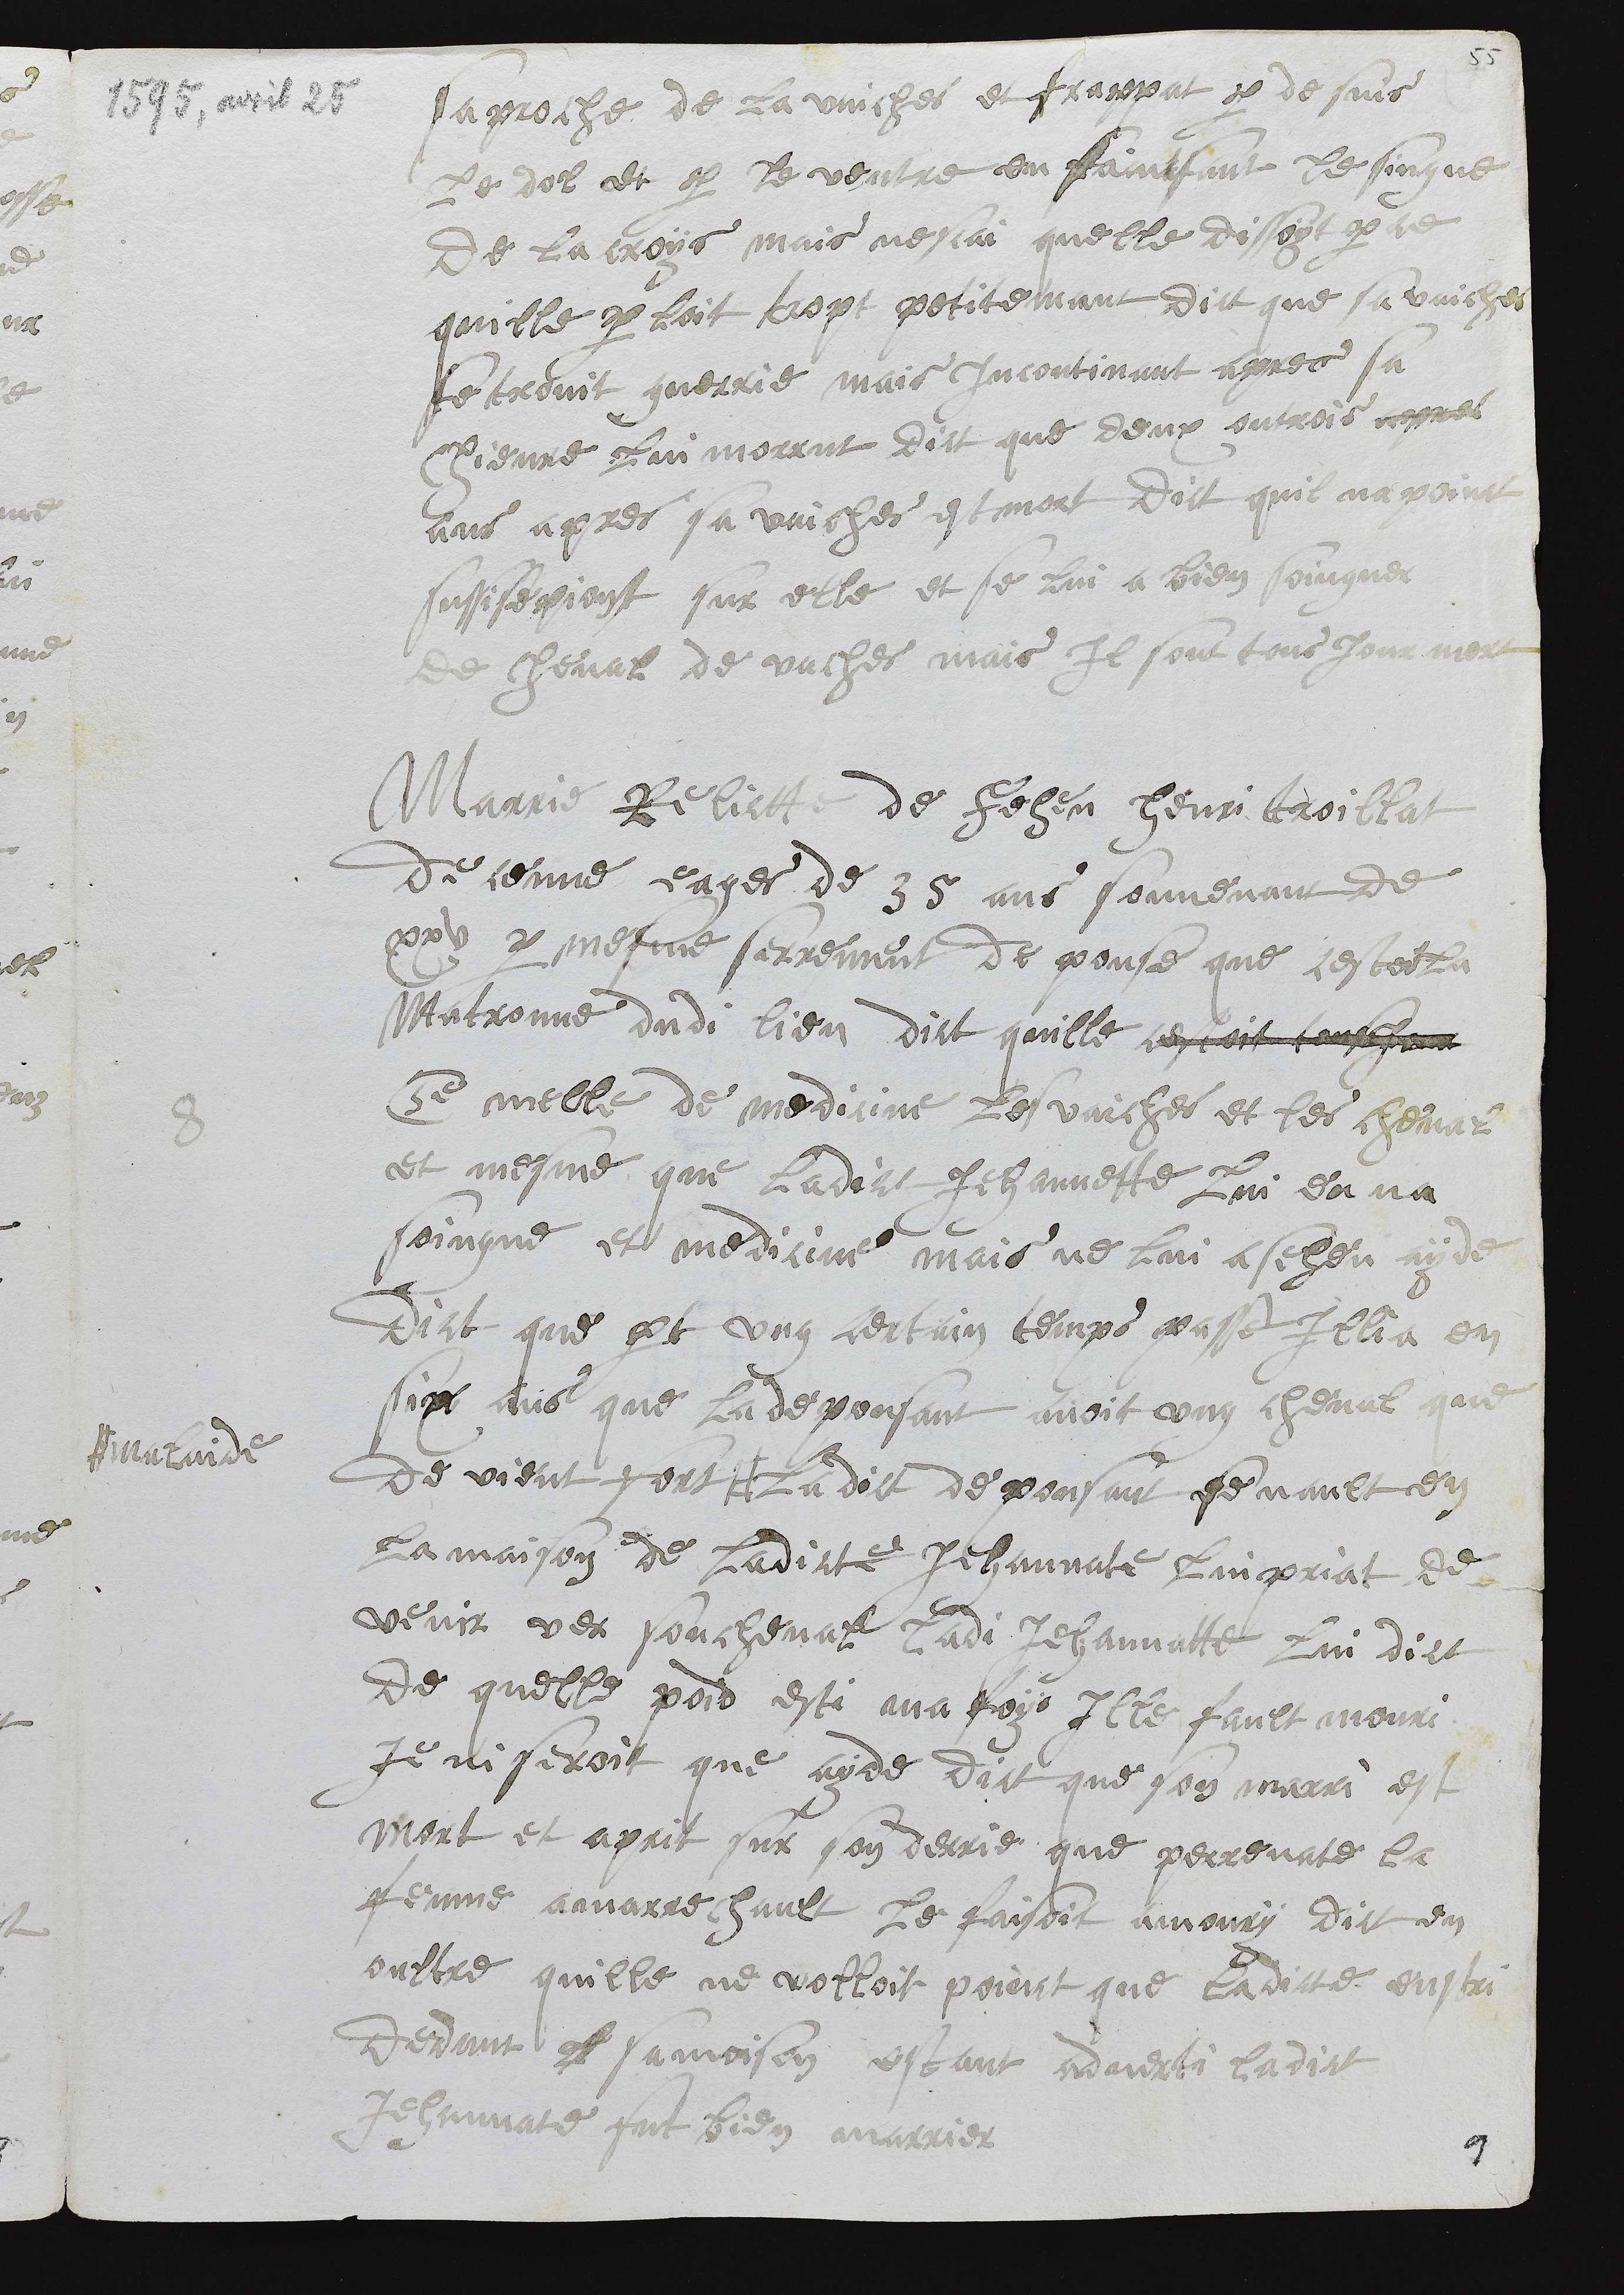
saproche de la vaiches et frappat par de suis
le dol et par le ventre en faintsant le singne
de la croys mais nescai quelle dissoyt par ce
quille parloit trop petitemant dict que sa vaiches
se trovit guerrie mais incontinant apres sa
Chievre lui morrut dict que deux outrois annes
ans apres sa vaiches est mort dict quil na poinct
sussisepiont sur elle et se lui a bien soingner
de cheval de vaches mais Il sont tous Jour mort
8
Marie Relictte de Feheu Henri troillat
de ceuve eages de 35 ans souvenant de
xxv par mesme serrement de pouse que cestoit la
Matronne dudi lieu dict quille cestoit tousjour
ce melle de medicine les vaiches et les cheval
et mesme que ladict Jehannette lui en na
soingne et medicine mais ne lui a seheu ayde
Dict que part ung certain temps passe Illia en
six ans que la depousant avoit ung cheval que
de vient fort #
# malaide
ladict de pousant se vault en
la maison de ladicte Jehannatte lui priat de
venir ver son cheval ladi Jehannatte lui dict
De quelle poid esti ma foys Ille fault mouri
Je ni seroit que ayde dict que son marri est
mort et aprit sur son derrie que perrenatte la
femme a marrechault le faisoit amoury dict en
oultre quille ne volloit poinct que ladicte enstri
dedant el sa moison estant adverti ladict
Jehannatte fut bien marrier
9